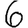
Digit: 6